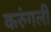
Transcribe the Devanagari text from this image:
करुंगली